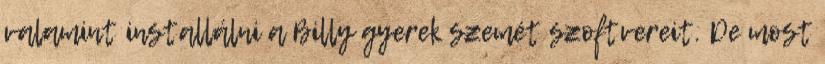
valamint installálni a Billy gyerek szemét szoftvereit. De most